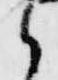
之